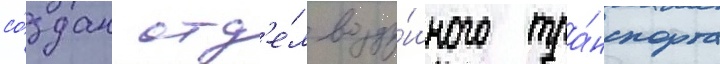
со́здан отд'е́л возду́шного тра́нспорта